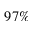
9 7 \%